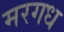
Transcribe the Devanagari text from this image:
मरगध